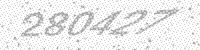
Solution: 280427